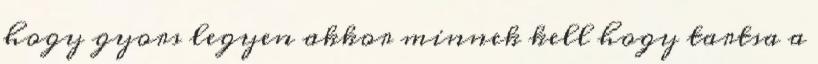
hogy gyors legyen akkor minnek kell hogy tartsa a